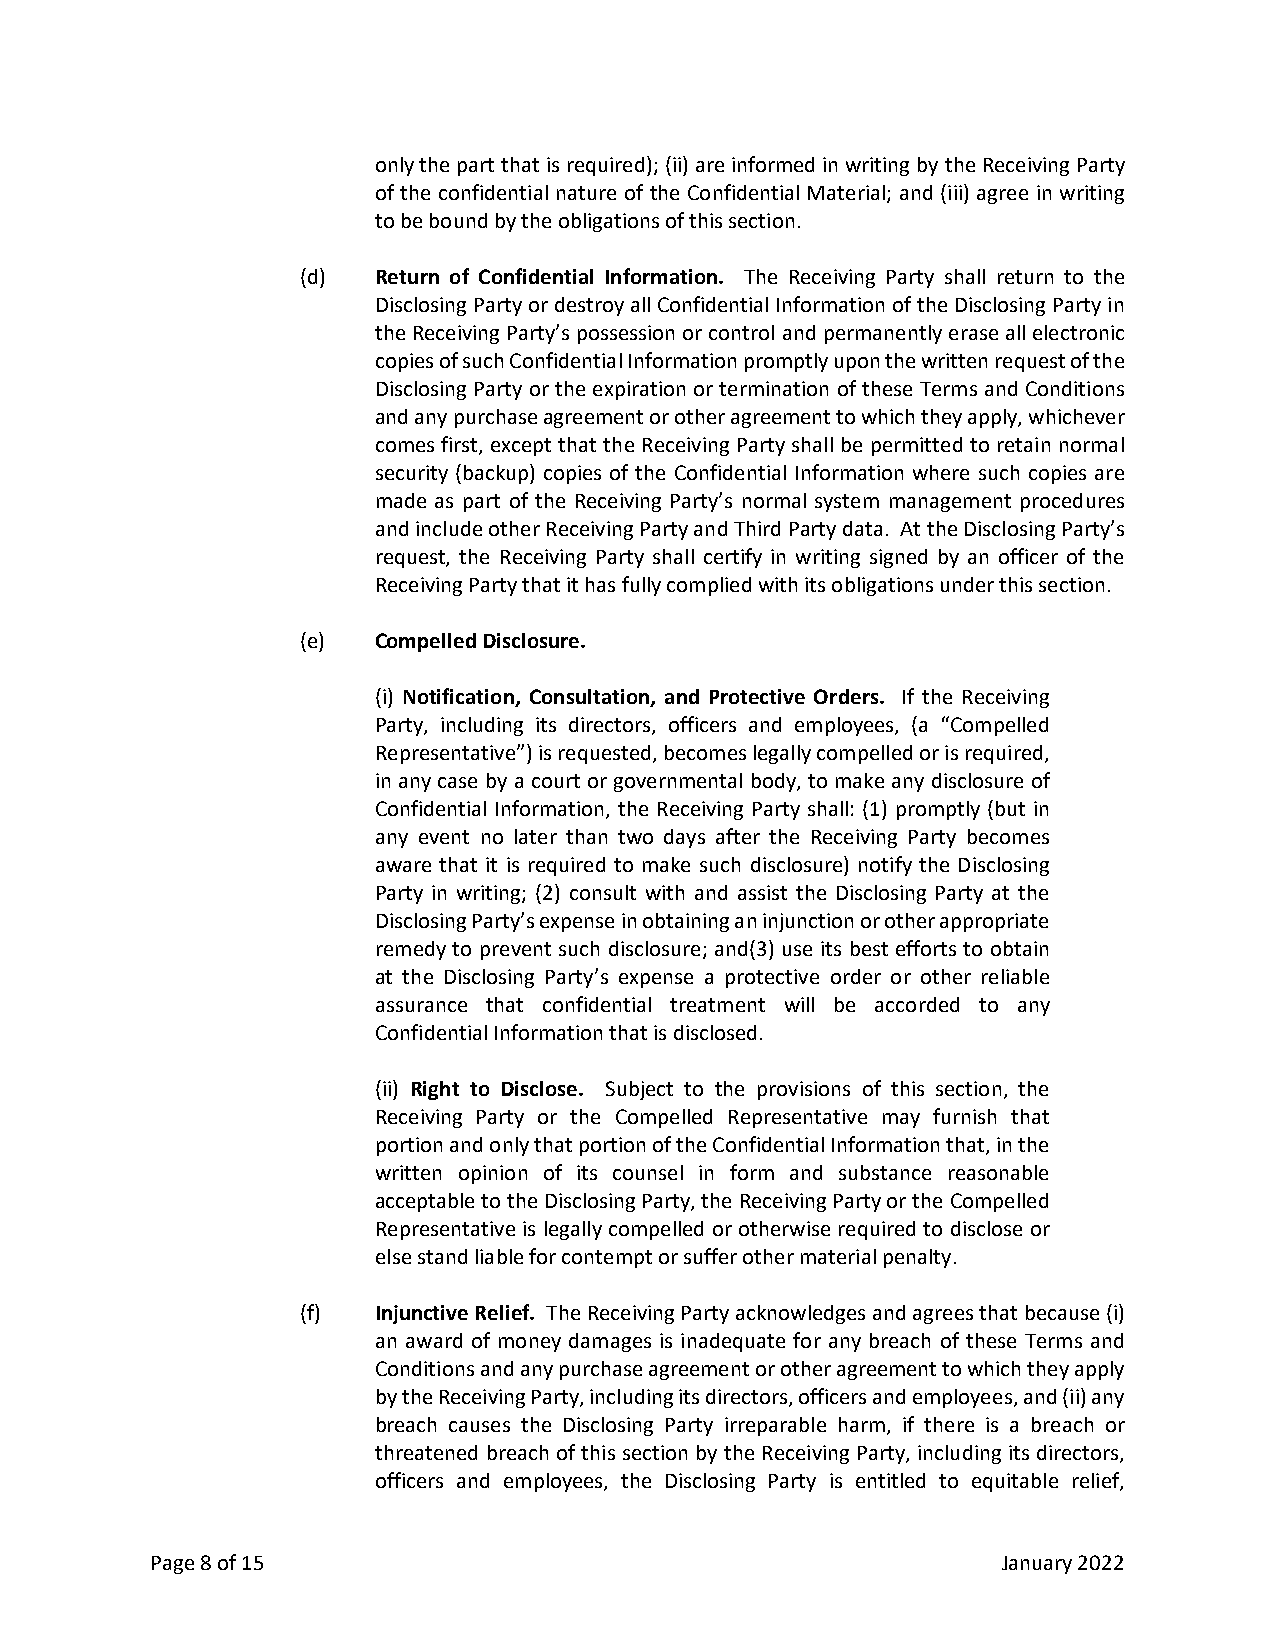
only the part that is required); (ii) are informed in writing by the Receiving Party
 of the confidential nature of the Confidential Material; and (iii) agree in writing
 to be bound by the obligations of this section.
 (d)  Return of Confidential Information. The Receiving Party shall return to the
 Disclosing Party or destroy all Confidential Information of the Disclosing Party in
 the Receiving Party’s possession or control and permanently erase all electronic
 copies of such Confidential Information promptly upon the written request of the
 Disclosing Party or the expiration or termination of these Terms and Conditions
 and any purchase agreement or other agreement to which they apply, whichever
 comes first, except that the Receiving Party shall be permitted to retain normal
 security (backup) copies of the Confidential Information where such copies are
 made as part of the Receiving Party’s normal system management procedures
 and include other Receiving Party and Third Party data. At the Disclosing Party’s
 request, the Receiving Party shall certify in writing signed by an officer of the
 Receiving Party that it has fully complied with its obligations under this section.
 (e)  Compelled Disclosure.
 (i) Notification, Consultation, and Protective Orders. If the Receiving
 Party, including its directors, officers and employees, (a “Compelled
 Representative”) is requested, becomes legally compelled or is required,
 in any case by a court or governmental body, to make any disclosure of
 Confidential Information, the Receiving Party shall: (1) promptly (but in
 any event no later than two days after the Receiving Party becomes
 aware that it is required to make such disclosure) notify the Disclosing
 Party in writing; (2) consult with and assist the Disclosing Party at the
 Disclosing Party’s expense in obtaining an injunction or other appropriate
 remedy to prevent such disclosure; and(3) use its best efforts to obtain
 at the Disclosing Party’s expense a protective order or other reliable
 assurance that confidential treatment will be accorded to any
 Confidential Information that is disclosed.
 (ii) Right to Disclose. Subject to the provisions of this section, the
 Receiving Party or the Compelled Representative may furnish that
 portion and only that portion of the Confidential Information that, in the
 written opinion of its counsel in form and substance reasonable
 acceptable to the Disclosing Party, the Receiving Party or the Compelled
 Representative is legally compelled or otherwise required to disclose or
 else stand liable for contempt or suffer other material penalty.
 (f)  Injunctive Relief. The Receiving Party acknowledges and agrees that because (i)
 an award of money damages is inadequate for any breach of these Terms and
 Conditions and any purchase agreement or other agreement to which they apply
 by the Receiving Party, including its directors, officers and employees, and (ii) any
 breach causes the Disclosing Party irreparable harm, if there is a breach or
 threatened breach of this section by the Receiving Party, including its directors,
 officers and employees, the Disclosing Party is entitled to equitable relief,
 Page 8 of 15                                            January 2022